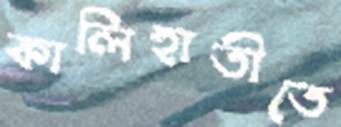
কালিহাতীতে